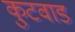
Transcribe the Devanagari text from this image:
कुटवाड